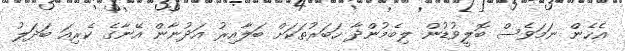
އެހެން ނަމަވެސް ބޮލީވުޑުން ލިބެމުންދާ ހަބަރުތަކަށް ބަލާއިރު އަދުނާން އޭނާގެ ކެރިއަ ބަދަލު